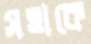
সত্তাকে